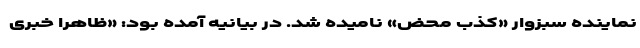
نماینده سبزوار «کذب محض» نامیده شد. در بیانیه آمده بود: «ظاهرا خبری